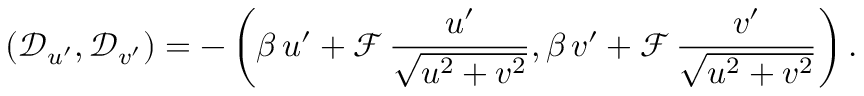
\left( \mathcal { D } _ { u ^ { \prime } } , \mathcal { D } _ { v ^ { \prime } } \right) = - \left( \beta \, u ^ { \prime } + \mathcal { F } \, \frac { u ^ { \prime } } { \sqrt { u ^ { 2 } + v ^ { 2 } } } , \beta \, v ^ { \prime } + \mathcal { F } \, \frac { v ^ { \prime } } { \sqrt { u ^ { 2 } + v ^ { 2 } } } \right) .